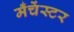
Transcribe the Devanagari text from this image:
मँचेंस्टर